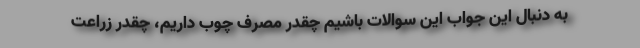
به دنبال این جواب این سوالات باشیم چقدر مصرف چوب داریم، چقدر زراعت